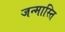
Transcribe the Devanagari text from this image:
जन्मास्ति